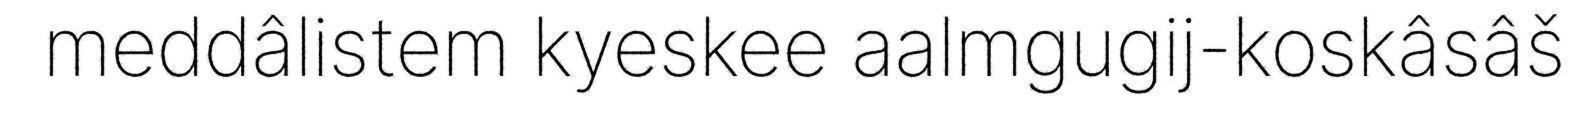
meddâlistem kyeskee aalmgugij-koskâsâš